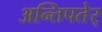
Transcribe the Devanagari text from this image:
अन्तिपतेर्